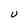
Character: U